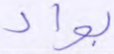
بواد